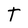
Character: T